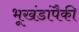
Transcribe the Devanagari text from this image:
भूखंडांपैकी